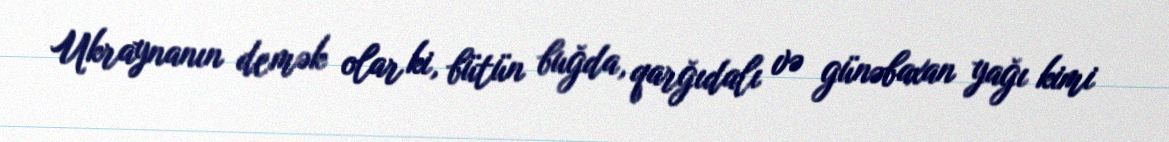
Ukraynanın demək olar ki, bütün buğda, qarğıdalı və günəbaxan yağı kimi